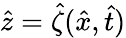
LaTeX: \hat{z}=\hat{\zeta}(\hat{x},\hat{t})